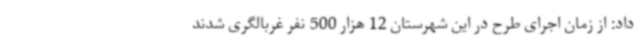
داد: از زمان اجرای طرح در این شهرستان 12 هزار 500 نفر غربالگری شدند